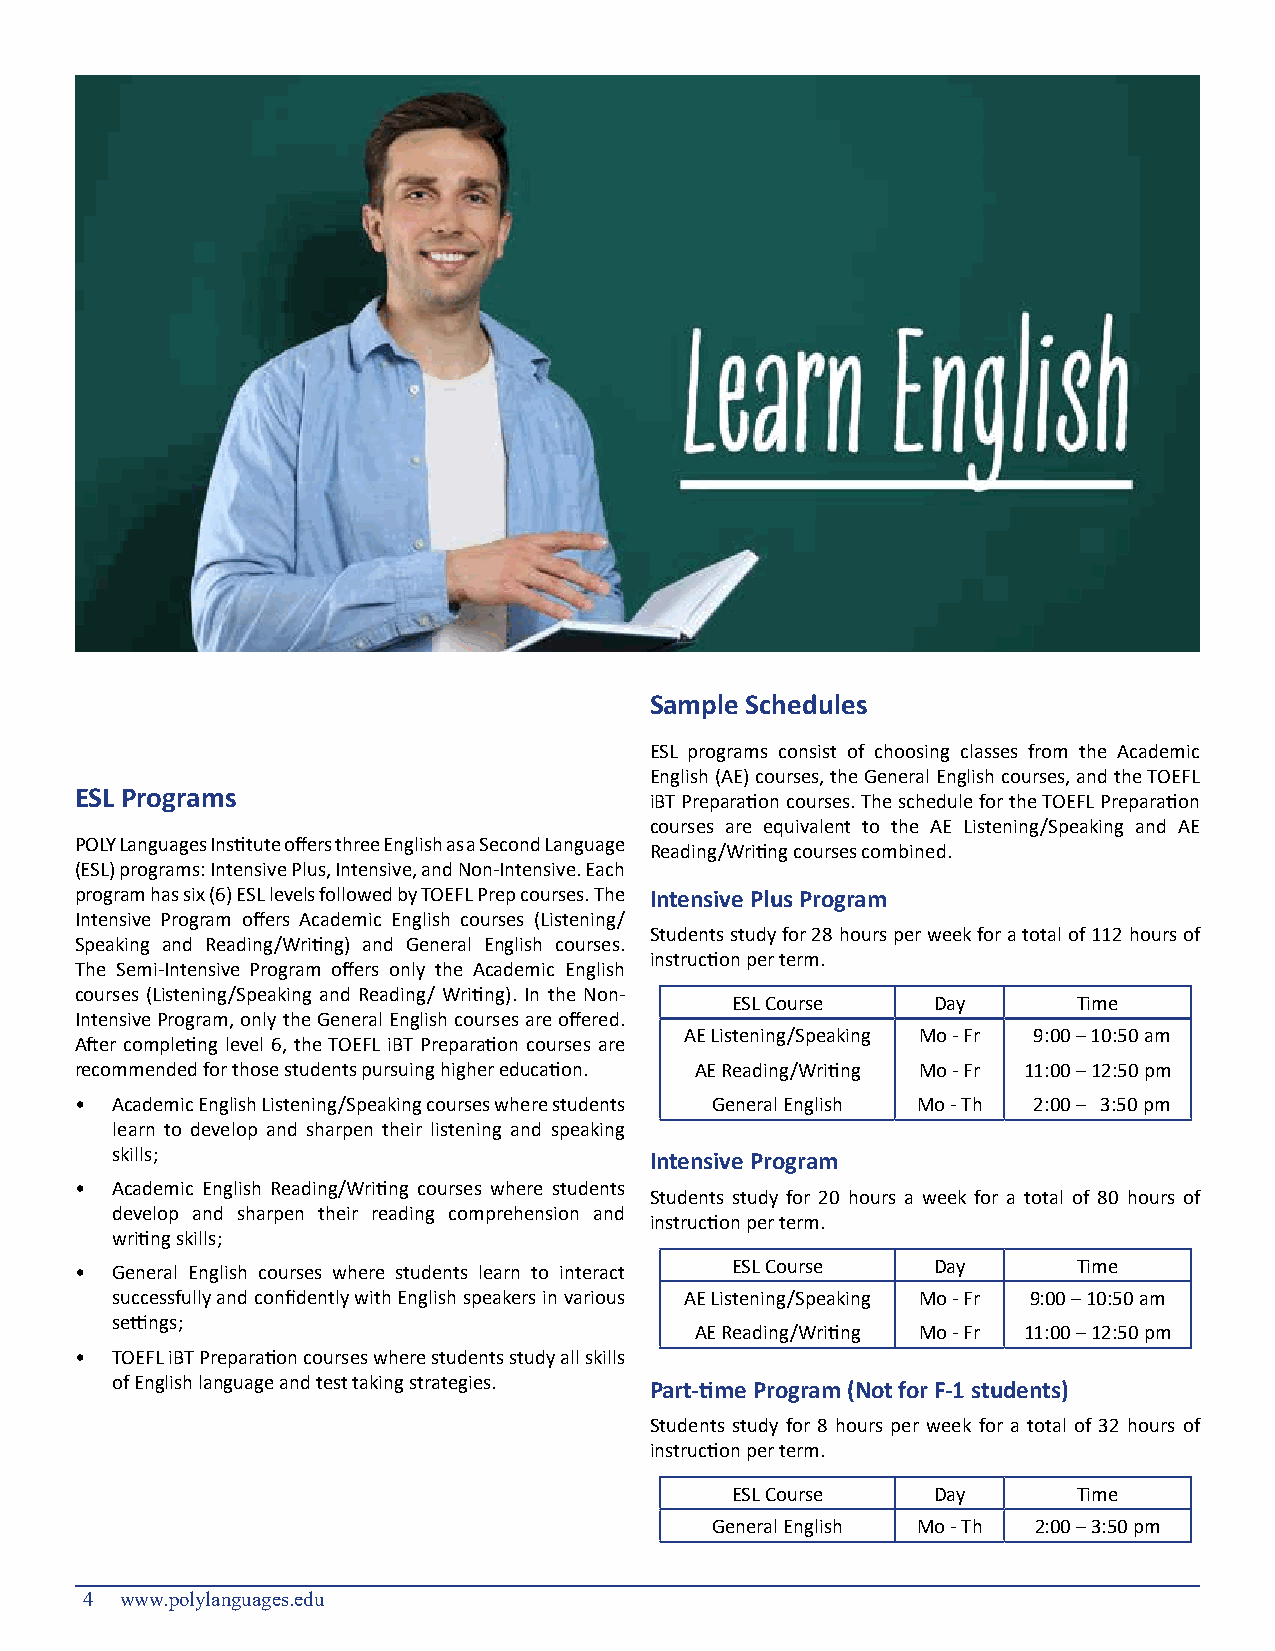
Sample Schedules
 ESL programs consist of choosing classes from the Academic
 English (AE) courses, the General English courses, and the TOEFL
 ESL Programs                          iBT Preparation courses. The schedule for the TOEFL Preparation
 courses are equivalent to the AE Listening/Speaking and AE
 POLY Languages Institute offers three English as a Second Language
 Reading/Writing courses combined.
 (ESL) programs: Intensive Plus, Intensive, and Non-Intensive. Each
 program has six (6) ESL levels followed by TOEFL Prep courses. The Intensive Plus Program
 Intensive Program offers Academic English courses (Listening/
 Students study for 28 hours per week for a total of 112 hours of
 Speaking and Reading/Writing) and General English courses.
 instruction per term.
 The Semi-Intensive Program offers only the Academic English
 courses (Listening/Speaking and Reading/ Writing). In the Non-
 ESL Course    Day      Time
 Intensive Program, only the General English courses are offered.
 AE Listening/Speaking Mo - Fr 9:00 – 10:50 am
 After completing level 6, the TOEFL iBT Preparation courses are
 recommended for those students pursuing higher education. AE Reading/Writing Mo - Fr 11:00 – 12:50 pm
 • Academic English Listening/Speaking courses where students General English Mo - Th 2:00 – 3:50 pm
 learn to develop and sharpen their listening and speaking
 skills;
 Intensive Program
 • Academic English Reading/Writing courses where students
 Students study for 20 hours a week for a total of 80 hours of
 develop and sharpen their reading comprehension and
 instruction per term.
 writing skills;
 ESL Course    Day      Time
 • General English courses where students learn to interact
 successfully and confidently with English speakers in various AE Listening/Speaking Mo - Fr 9:00 – 10:50 am
 settings;
 AE Reading/Writing Mo - Fr 11:00 – 12:50 pm
 • TOEFL iBT Preparation courses where students study all skills
 of English language and test taking strategies.
 Part-time Program (Not for F-1 students)
 Students study for 8 hours per week for a total of 32 hours of
 instruction per term.
 ESL Course    Day      Time
 General English Mo - Th 2:00 – 3:50 pm
 4  www.polylanguages.edu